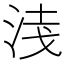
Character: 𭰦